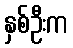
နှစ်ဦးက